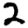
Digit: 2